Annual report on the working of the mental hospitals in the Madras Presidency - 1912-1932
Year: 1912
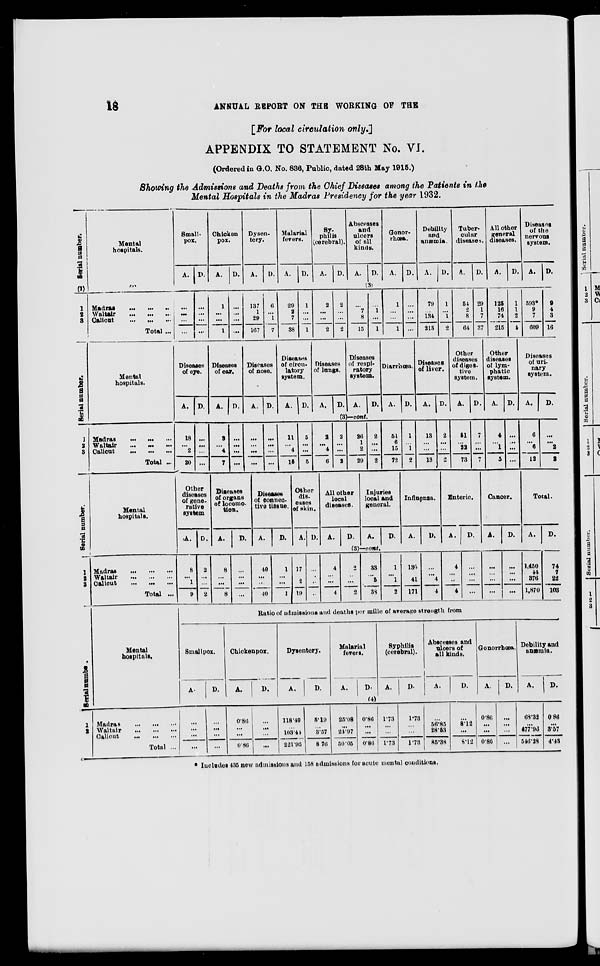
18
ANNUAL REPORT ON THE WORKING OF THE
[ For local circulation only.]
APPENDIX TO STATEMENT No. VI.
(Ordered in G.O. No. 836, Public, dated 28th May 1915.)
Showing the Admissions and Deaths from the Chief Diseases among the Patients in the
Mental Hospitals in the Madras Presidency for the year 1932.
Serial number.
(1)
1
2
3
Mental
hospitals.
Madras ... ... ...
Waltair
...
...
...
Calicut
...
...
...
Total ...
Small-
pox.
A. D.
Chicken
pox.
A.
D.
Dysen-
tery.
A.
D.
Malarial
fevers.
A.
D.
Sy-
philis
(cerebral).
A.
D.
Abscesses
and
ulcers
of all
kinds.
A.
D.
Gonor-
rhœa.
A.
D.
Debility
and
anæmia.
A.
D.
Tuber-
cular
diseases.
A.
D.
All
other
general
diseases.
A.
D.
Diseases
of the
nervous
system.
A.
D.
(3)
...
...
...
...
...
...
...
...
1
...
...
1
...
...
...
...
137
1
29
167
6
...
1
7
29
2 7
38
1
...
...
1
2
...
...
2
2
...
...
2
...
7
8
15
...
1
...
1
1
...
...
1
...
...
...
...
79
...
134
213
1
...
1
2
54
2
8
64
29
1
7
37
125
16
74
215
1
1
2
4
593*
9
7
609
9
4
3
16
Serial number.
1
2
3
Mental
hospitals.
Madras ... ... ...
Waltair ... ... ...
Calicut
...
...
...
Total ...
Diseases
of eye.
A. D.
Diseases
of ear.
A.
D.
Diseases
of nose.
A. D.
Diseases
of circu-
latory
system.
A.
D.
Diseases
of lungs.
A.
D.
Diseases
of respi-
ratory
system.
A.
D.
Diarrhœa.
A. D.
Diseases
of liver.
A.
D.
Other
diseases
of diges-
tive
system.
A.
D.
Other
diseases
of lym-
phatic
system.
A. D.
Diseases
of uri-
nary
system.
A.
D.
(3)—cont.
18
...
2
20
...
...
...
...
3
...
4
7
...
...
...
...
...
...
...
...
...
...
...
...
11
...
4
15
5
...
...
5
2
...
4
6
2
...
...
2
26
1
2
29
2
...
...
2
51
6
15
72
1
...
1
2
13
...
...
13
2
...
...
2
51
...
22
73
7
...
...
7
4
...
1
5
...
...
...
...
6
...
6
12
...
...
2
2
Serial number.
1
2
3
Mental
hospitals.
Madras
...
...
...
Waltair
...
...
...
Calicut
...
...
...
Total ...
Other
diseases
of gene-
rative
system.
A.
D.
Diseases
of organs
of locomo-
tion.
A.
D.
Diseases
of connec-
tive tissue.
A.
D.
Other
dis-
eases
of skin.
A. D.
All other
local
diseases.
A.
D.
Injuries
local and
general.
A.
D.
Influenza.
A.
D.
Enteric.
A.
D.
Cancer.
A.
D.
Total.
A.
D.
(3)—cont.
8
...
1
9
2
...
...
2
8
...
...
8
...
...
...
...
40
...
...
40
1
...
...
1
17
2
19
...
...
...
4
...
...
4
2
...
...
2
33
...
5
38
1
...
1
2
130
41
171
...
...
4
4
4
...
...
4
...
...
...
...
...
...
...
...
...
...
...
...
1,450
44
376
1,870
74
7
22
103
Serial number.
1
2
3
Mental
hospitals.
Madras
...
...
...
Waltair
...
...
...
Calicut
...
...
...
Total ...
Ratio of admissions and deaths per mille of average strength from
Smallpox.
A.
D.
Chickenpox.
A.
D.
Dysentery.
A.
D.
Malarial
fevers.
A.
D.
Syphilis
(cerebral).
A.
D.
Abscesses and
ulcers of
all kinds.
A.
D.
Gonorrhœa.
A.
D.
Debility and
anæmia.
A.
D.
(4)
...
...
...
...
...
...
...
...
0.86
...
...
0.86
...
...
...
...
118.49
...
103.44
221.93
5.19
...
3.57
8.76
25.08
...
24.97
50.05
0.86
...
...
0.86
1.73
...
...
1.73
1.73
...
...
1.73
...
56.85
28.53
85.38
...
812
...
8.12
0.86
...
...
0.86
...
...
...
...
68.33
...
477.93
546.28
0.86
...
3.57
4.43
* Includes 435 new admissions and 158 admissions for acute mental conditions.